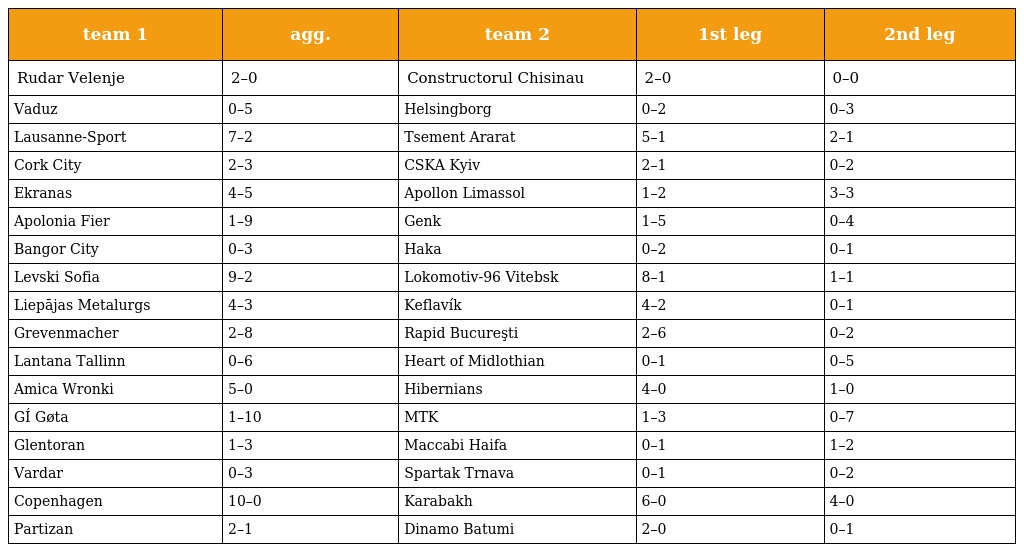
| team 1 | agg. | team 2 | 1st leg | 2nd leg |
 | --- | --- | --- | --- | --- |
 | Rudar Velenje | 2–0 | Constructorul Chisinau | 2–0 | 0–0 |
 | Vaduz | 0–5 | Helsingborg | 0–2 | 0–3 |
 | Lausanne-Sport | 7–2 | Tsement Ararat | 5–1 | 2–1 |
 | Cork City | 2–3 | CSKA Kyiv | 2–1 | 0–2 |
 | Ekranas | 4–5 | Apollon Limassol | 1–2 | 3–3 |
 | Apolonia Fier | 1–9 | Genk | 1–5 | 0–4 |
 | Bangor City | 0–3 | Haka | 0–2 | 0–1 |
 | Levski Sofia | 9–2 | Lokomotiv-96 Vitebsk | 8–1 | 1–1 |
 | Liepājas Metalurgs | 4–3 | Keflavík | 4–2 | 0–1 |
 | Grevenmacher | 2–8 | Rapid Bucureşti | 2–6 | 0–2 |
 | Lantana Tallinn | 0–6 | Heart of Midlothian | 0–1 | 0–5 |
 | Amica Wronki | 5–0 | Hibernians | 4–0 | 1–0 |
 | GÍ Gøta | 1–10 | MTK | 1–3 | 0–7 |
 | Glentoran | 1–3 | Maccabi Haifa | 0–1 | 1–2 |
 | Vardar | 0–3 | Spartak Trnava | 0–1 | 0–2 |
 | Copenhagen | 10–0 | Karabakh | 6–0 | 4–0 |
 | Partizan | 2–1 | Dinamo Batumi | 2–0 | 0–1 |